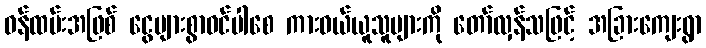
ဝန်ထမ်းအဖြစ် ငွေများစွာဝင်ပါစေ ကားဝယ်ယူသူများကို တော်လှန်သဖြင့် အခြားကျေးရွာ